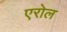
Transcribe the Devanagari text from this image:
एरोल